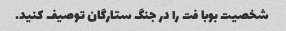
شخصیت بوبا فت را در جنگ ستارگان توصیف کنید.